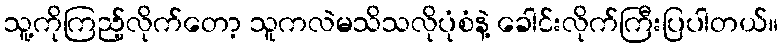
သူ့ကိုကြည့်လိုက်တော့ သူကလဲမသိသလိုပုံစံနဲ့ ခေါင်းလိုက်ကြီးပြပါတယ်။